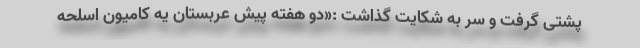
پشتی گرفت و سر به شکایت گذاشت :«دو هفته پیش عربستان یه کامیون اسلحه